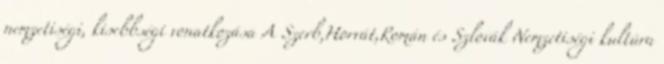
nemzetiségi, kisebbségi vonatkozása A Szerb,Horvát,Román és Szlovák Nemzetiségi kultúra